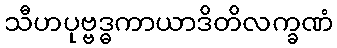
သီဟပုဗ္ဗဒ္ဓကာယာဒိတိလက္ခဏံ